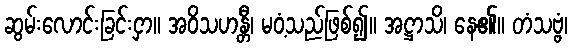
ဆွမ်းလောင်းခြင်းငှာ။ အဝိသဟန္တီ၊ မဝံ့သည်ဖြစ်၍။ အဋ္ဌာသိ၊ နေ၏။ တံသဗ္ဗံ၊